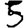
Digit: 5